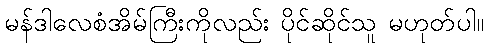
မန်ဒါလေစံအိမ်ကြီးကိုလည်း ပိုင်ဆိုင်သူ မဟုတ်ပါ။